Annual returns of the Patna Lunatic Asylum at Bankipore in Bihar and Orissa - 1912-1924
Year: 1912
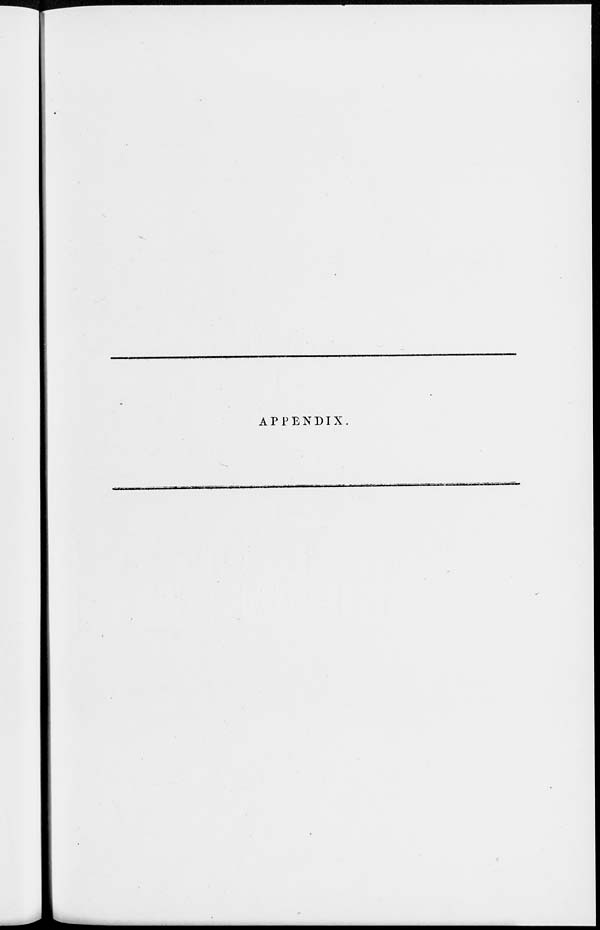
APPENDIX.